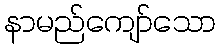
နာမည်ကျော်သော